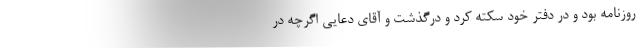
روزنامه بود و در دفتر خود سکته کرد و درگذشت و آقای دعایی اگرچه در